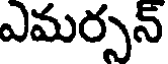
ఎమర్సన్